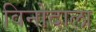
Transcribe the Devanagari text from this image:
विनोदाला